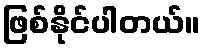
ဖြစ်နိုင်ပါတယ်။